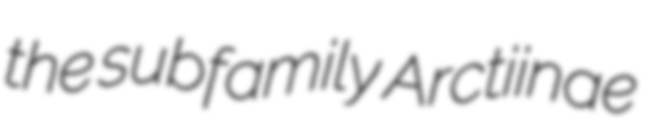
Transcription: the subfamily Arctiinae